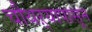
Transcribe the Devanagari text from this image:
चौथऱ्यापासून